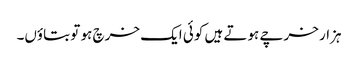
ہزار خرچے ہوتے ہیں کوئی ایک خرچ ہو تو بتاؤں۔